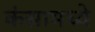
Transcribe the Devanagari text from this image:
कंसामध्ये